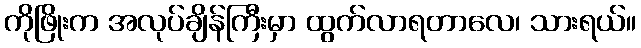
ကိုဖြိုးက အလုပ်ချိန်ကြီးမှာ ထွက်လာရတာလေ၊ သားရယ်။